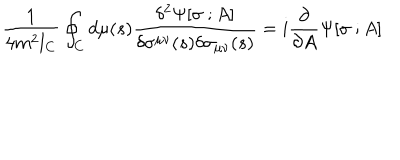
{ \frac { 1 } { 4 m ^ { 2 } l _ { C } } } \oint _ { C } d \mu ( s ) { \frac { \delta ^ { 2 } \Psi [ \sigma \ ; A ] } { \delta \sigma ^ { \mu \nu } ( s ) \delta \sigma _ { \mu \nu } ( s ) } } = i { \frac { \partial } { \partial A } } \Psi [ \sigma \ ; A ]